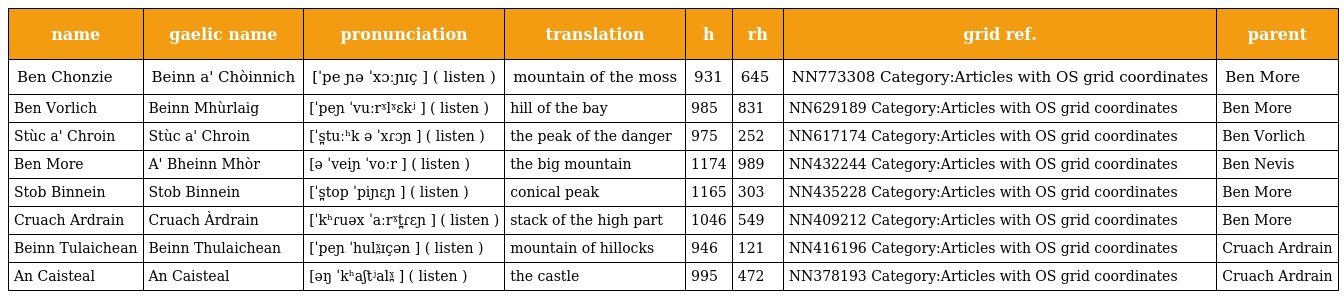
| name | gaelic name | pronunciation | translation | h | rh | grid ref. | parent |
 | --- | --- | --- | --- | --- | --- | --- | --- |
 | Ben Chonzie | Beinn a' Chòinnich | [ˈpe ɲə ˈxɔːɲɪç ] ( listen ) | mountain of the moss | 931 | 645 | NN773308 Category:Articles with OS grid coordinates | Ben More |
 | Ben Vorlich | Beinn Mhùrlaig | [ˈpeɲ ˈvuːrˠlˠɛkʲ ] ( listen ) | hill of the bay | 985 | 831 | NN629189 Category:Articles with OS grid coordinates | Ben More |
 | Stùc a' Chroin | Stùc a' Chroin | [ˈs̪tuːʰk ə ˈxɾɔɲ ] ( listen ) | the peak of the danger | 975 | 252 | NN617174 Category:Articles with OS grid coordinates | Ben Vorlich |
 | Ben More | A' Bheinn Mhòr | [ə ˈveiɲ ˈvoːr ] ( listen ) | the big mountain | 1174 | 989 | NN432244 Category:Articles with OS grid coordinates | Ben Nevis |
 | Stob Binnein | Stob Binnein | [ˈs̪top ˈpiɲɛɲ ] ( listen ) | conical peak | 1165 | 303 | NN435228 Category:Articles with OS grid coordinates | Ben More |
 | Cruach Ardrain | Cruach Àrdrain | [ˈkʰɾuəx ˈaːrˠt̪ɾɛɲ ] ( listen ) | stack of the high part | 1046 | 549 | NN409212 Category:Articles with OS grid coordinates | Ben More |
 | Beinn Tulaichean | Beinn Thulaichean | [ˈpeɲ ˈhulˠ̪ɪçən ] ( listen ) | mountain of hillocks | 946 | 121 | NN416196 Category:Articles with OS grid coordinates | Cruach Ardrain |
 | An Caisteal | An Caisteal | [əŋ ˈkʰaʃtʲalˠ̪ ] ( listen ) | the castle | 995 | 472 | NN378193 Category:Articles with OS grid coordinates | Cruach Ardrain |